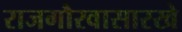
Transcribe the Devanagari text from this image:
राजगौरवासारखे